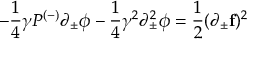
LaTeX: - \frac { 1 } { 4 } \gamma P ^ { ( - ) } \partial _ { \pm } \phi - \frac { 1 } { 4 } \gamma ^ { 2 } \partial _ { \pm } ^ { 2 } \phi = \frac { 1 } { 2 } ( \partial _ { \pm } { \bf f } ) ^ { 2 }